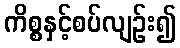
ကိစ္စနှင့်စပ်လျဉ်း၍